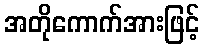
အတိုကောက်အားဖြင့်